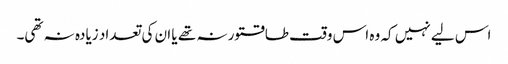
اس لیے نہیں کہ وہ اس وقت طاقتور نہ تھے یا ان کی تعداد زیادہ نہ تھی۔